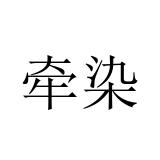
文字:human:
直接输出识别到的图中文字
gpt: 牵染